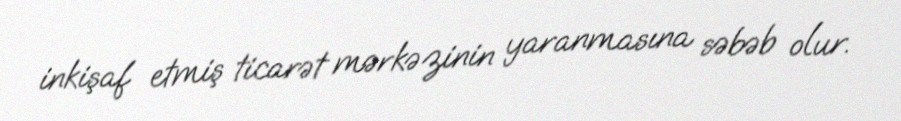
inkişaf etmiş ticarət mərkəzinin yaranmasına səbəb olur.